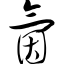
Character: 氤